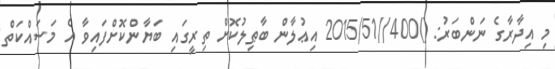
މި އިދާރާގެ ނަންބަރު: ()400//2015/51 އިޢުލާން ބާޠިލުކޮށް ތިރީގައި ބަޔާންކޮށްފައިވާ އެ މަސައްކަތް